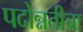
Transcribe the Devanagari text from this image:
पदोन्नतीचा